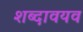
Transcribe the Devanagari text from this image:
शब्दावयव